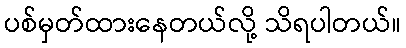
ပစ်မှတ်ထားနေတယ်လို့ သိရပါတယ်။